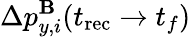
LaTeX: \Delta p_{y,i}^{\mathbf{B}}(t_{\mathrm{rec}}\to t_{f})